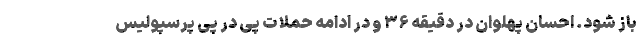
باز شود. احسان پهلوان در دقیقه ۳۶ و در ادامه حملات پی در پی پرسپولیس